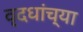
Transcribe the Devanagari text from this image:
वृदधांच्या